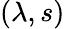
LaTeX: (\lambda,s)